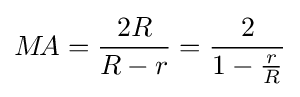
M\!A={\frac {2R}{R-r}}={\frac {2}{1-{\frac {r}{R}}}}